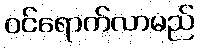
ဝင်ရောက်လာမည်